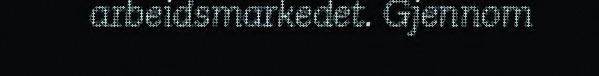
arbeidsmarkedet. Gjennom